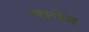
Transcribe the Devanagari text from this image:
यागेन